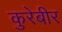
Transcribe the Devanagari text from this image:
कुरेबीर